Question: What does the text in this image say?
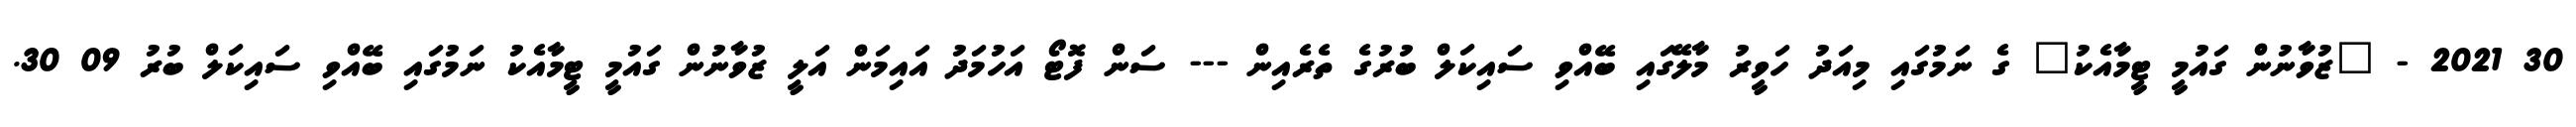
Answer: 30 2021 - "ޒުވާނުން ގައުމީ ޓީމާއެކު" ގެ ނަމުގައި މިއަދު ހަވީރު މާލޭގައި ބޭއްވި ސައިކަލް ބުރުގެ ތެރެއިން --- ސަން ފޮޓޯ އަހުމަދު އައިމަން އަލީ ޒުވާނުން ގައުމީ ޓީމާއެކު ނަމުގައި ބޭއްވި ސައިކަލް ބުރު 09 30.